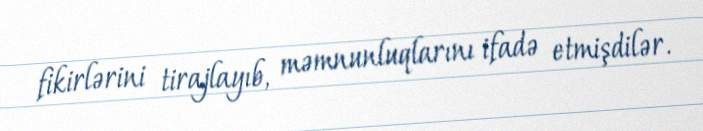
fikirlərini tirajlayıb, məmnunluqlarını ifadə etmişdilər.